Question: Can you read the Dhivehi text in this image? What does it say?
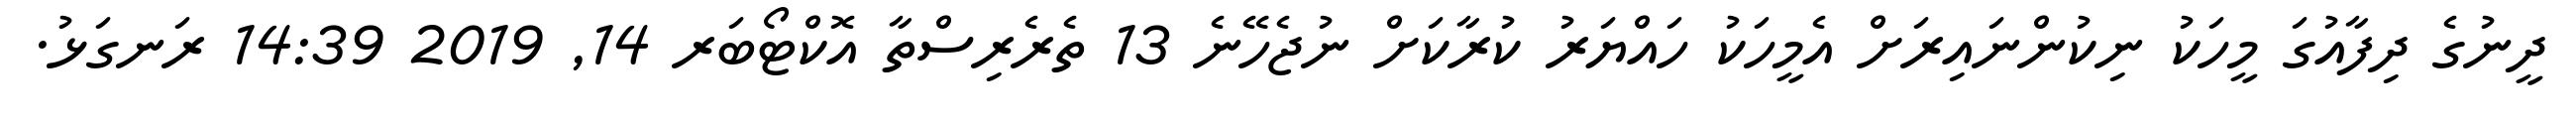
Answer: ދީނުގެ ދިފާއުގަ މީހަކު ނިކުންނައިރަށް އެމީހަކު ހައްޔަރު ކުރާކަށް ނުޖެހޭނެ 13 ތެރެރިސްތާ އޮކްޓޯބަރ 14, 2019 14:39 ރަނގަޅު.